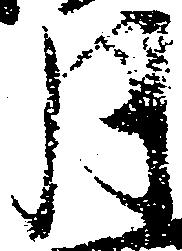
月